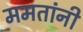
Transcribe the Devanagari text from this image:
ममतांनी